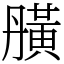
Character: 䵊